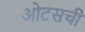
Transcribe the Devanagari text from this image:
ओटसची